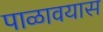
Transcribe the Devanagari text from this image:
पाळावयास